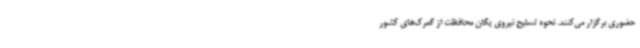
حضوری برگزار می‌کنند. نحوه تسلیح نیروی یگان محافظت از گمرک‌های کشور